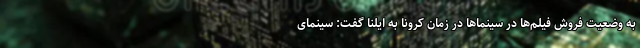
به وضعیت فروش فیلم‌ها در سینماها در زمان کرونا به ایلنا گفت: سینمای